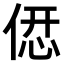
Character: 𠌤